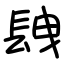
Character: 𨱽